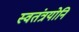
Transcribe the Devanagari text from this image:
स्वतंत्रयोनि